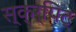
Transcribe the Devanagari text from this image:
स्क्र्पिट्